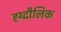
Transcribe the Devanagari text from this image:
ह्य्द्रौलिक